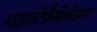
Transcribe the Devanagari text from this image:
माइक्रोफैब्रिकेशन